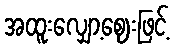
အထူးလျှော့ဈေးဖြင့်